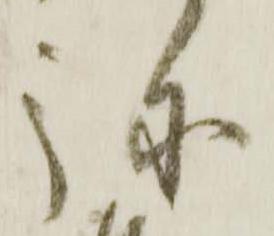
弥